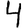
Digit: 4